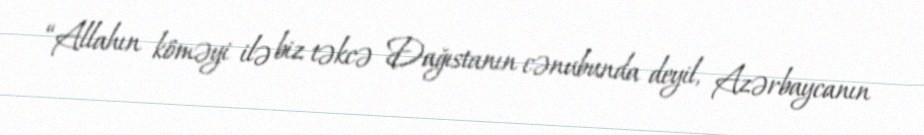
“Allahın köməyi ilə biz təkcə Dağıstanın cənubunda deyil, Azərbaycanın